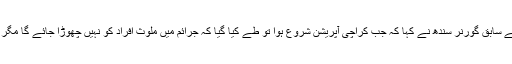
دنیا نیوز کے پروگرام ایک دن دنیا کے ساتھ میں میزبان سہیل وڑائچ کو انٹرویو دیتے ہوئے سابق گورنر سندھ نے کہا کہ جب کراچی آپریشن شروع ہوا تو طے کیا گیا کہ جرائم میں ملوث افراد کو نہیں چھوڑا جائے گا مگر کچھ بااثر لوگوں نے حکمت عملی تبدیل کی اور ملزمان کو ایک جماعت میں شامل کروایا۔